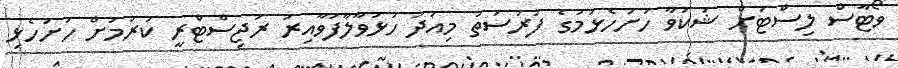
ވޯޓާސް ލިސްޓަށް ޝަކުވާ ހުށަހެޅުމުގެ ފުރުސަތު މިއަދު ހުޅުވާލާފަވާއިރު ރަޖިސްޓްރީ ކުރުމަށް ހުށަހެޅި